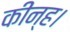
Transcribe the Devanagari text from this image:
कीन्ह।